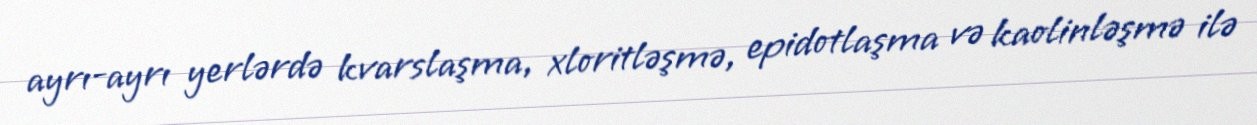
ayrı-ayrı yerlərdə kvarslaşma, xloritləşmə, epidotlaşma və kaolinləşmə ilə